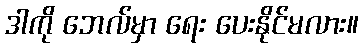
ဒါကို ဘေလ်မှာ ရေး ပေးနိုင်မလား။